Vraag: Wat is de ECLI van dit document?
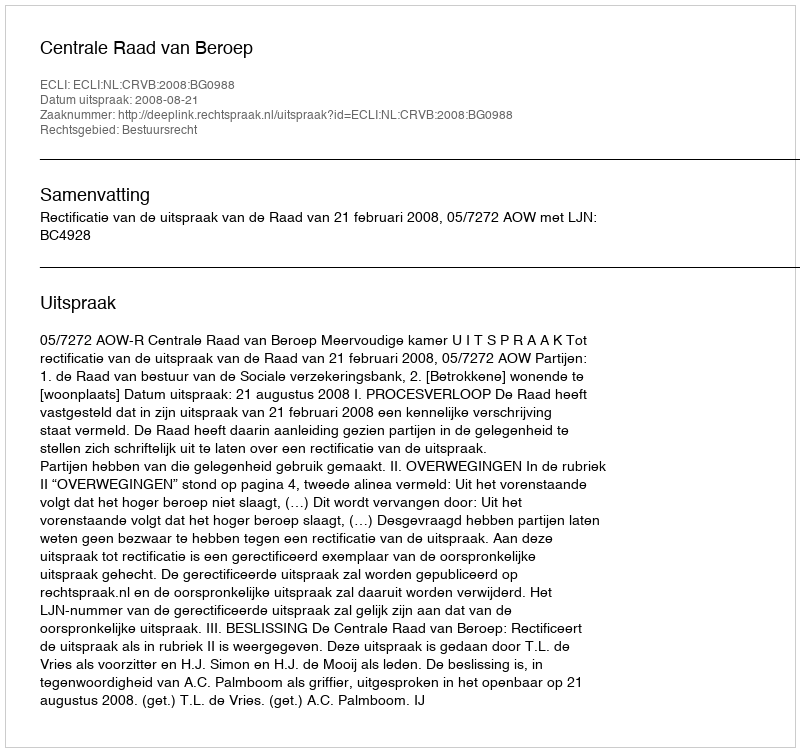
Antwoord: ECLI:NL:CRVB:2008:BG0988